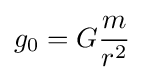
g_{0}=G{\frac {m}{r^{2}}}